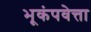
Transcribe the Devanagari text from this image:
भूकंपवेत्ता